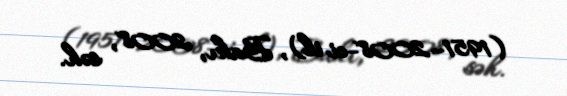
(1951–2008-ci il), Bakı, 2008, səh.